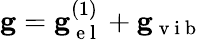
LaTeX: \mathbf{g}=\mathbf{g}_{\mathrm{~e~l~}}^{(1)}+\mathbf{g}_{\mathrm{~v~i~b~}}